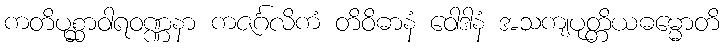
ကတိပုစ္ဆာဝါရဝဏ္ဏနာ ကဇင်္ဂလိကံ တိဝိဓာနံ ဝေါဒါနံ အသကျပုတ္တိယဓမ္မောတိ